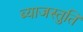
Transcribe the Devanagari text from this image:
ब्याजस्तुति